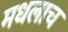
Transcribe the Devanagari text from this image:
मधलाच